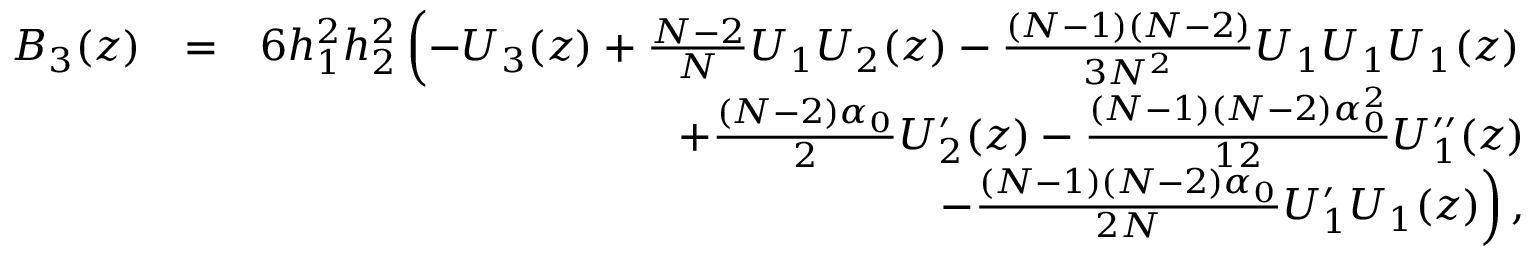
\begin{array} { r l r } { B _ { 3 } ( z ) } & { = } & { 6 h _ { 1 } ^ { 2 } h _ { 2 } ^ { 2 } \left( - U _ { 3 } ( z ) + \frac { N - 2 } { N } U _ { 1 } U _ { 2 } ( z ) - \frac { ( N - 1 ) ( N - 2 ) } { 3 N ^ { 2 } } U _ { 1 } U _ { 1 } U _ { 1 } ( z ) \right. } \\ & { } & { + \frac { ( N - 2 ) \alpha _ { 0 } } { 2 } U _ { 2 } ^ { \prime } ( z ) - \frac { ( N - 1 ) ( N - 2 ) \alpha _ { 0 } ^ { 2 } } { 1 2 } U _ { 1 } ^ { \prime \prime } ( z ) } \\ & { } & { \left. - \frac { ( N - 1 ) ( N - 2 ) \alpha _ { 0 } } { 2 N } U _ { 1 } ^ { \prime } U _ { 1 } ( z ) \right) , } \end{array}